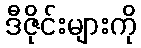
ဒီဇိုင်းများကို